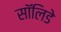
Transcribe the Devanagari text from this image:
सॉलिडे